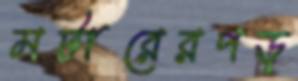
মটারেরপড়